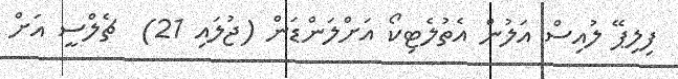
ފިލިޕޭ ލުއިސް އަލުން އެތުލެޓިކޯ އަށްލަންޑަން (ޖުލައި 21)  ޗެލްސީ އަށް